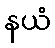
နယံ